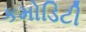
કમોડિટી